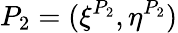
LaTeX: P_{2}=(\xi^{P_{2}},\eta^{P_{2}})